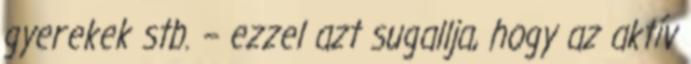
gyerekek stb. – ezzel azt sugallja, hogy az aktív